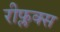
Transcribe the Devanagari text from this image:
रीफ्लक्स